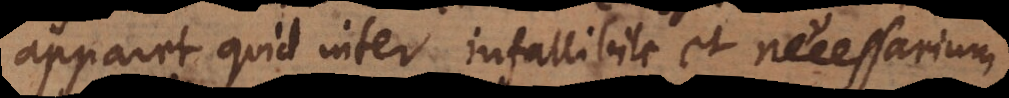
apparet quid inter infallibile et necessarium